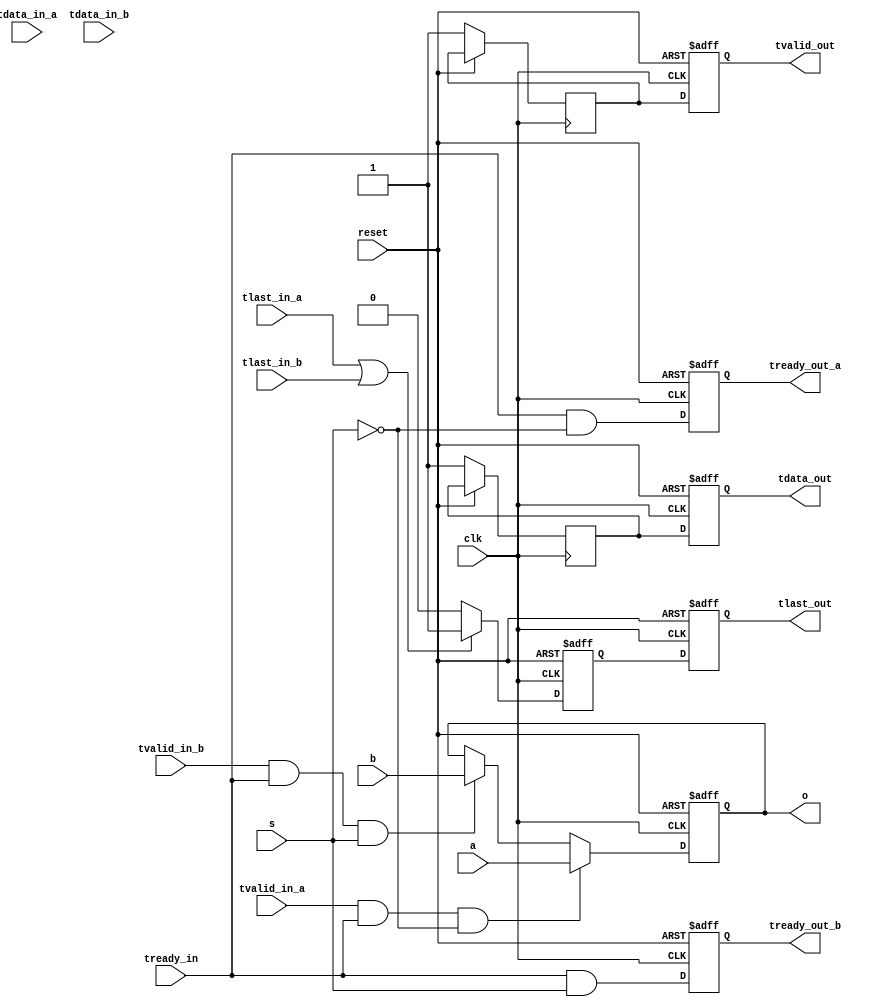
`timescale 1ns / 1ps
//////////////////////////////////////////////////////////////////////////////////
// Company: 
// Engineer: 
// 
// Design Name: 
// Module Name: testbench
// Project Name: 
// Target Devices: 
// Tool Versions: 
// Description: 
// 
// Dependencies: 
// 
// Revision:
// Revision 0.01 - File Created
// Additional Comments:
// 
//////////////////////////////////////////////////////////////////////////////////


module mux #(
    parameter data_width = 16,
    parameter frac_width = 14,
    parameter int_width = 2
)
(
    // Standards
    input clk,
    input reset,
    input [data_width-1:0] a,
    input [data_width-1:0] b,
    input s,
    output reg [data_width-1:0] o,  
    // A handshake signals 
    input tvalid_in_a,
    output reg tready_out_a,
    input tlast_in_a,
    input tdata_in_a,
    // B handshake signals 
    input tvalid_in_b,
    input tlast_in_b,
    input tdata_in_b,
    output reg tready_out_b,
    // Output side handshakes
    output reg tlast_out,
    output reg tdata_out,
    output reg tvalid_out,
    input tready_in
);

    // Internal components
    reg l;
    reg e, f;

    always @(posedge clk or posedge reset) begin
        if (reset) begin
            o <= 0;  
            l <= 0;
            tready_out_a <= 0;
            tready_out_b <= 0;
            tlast_out <= 0;
            tdata_out <= 0;
            tvalid_out <= 0;
        end else begin
            // Output assignment
            if ((tvalid_in_a) && (tready_in) && (!s)) begin
                o <= a; 
            end else if ((tvalid_in_b) && (tready_in) && (s)) begin
                o <= b;  
            end
            
            // Ready signals
            tready_out_a <= tready_in && !s;
            tready_out_b <= tready_in && s;
            
            // Last signal
            if (tlast_in_a || tlast_in_b)
                l <= 1;
            else
                l <= 0;
                
            // Valid and data signals
            e <= 1;
            f <= 1;

            tlast_out <= l;
            tdata_out <= f;
            tvalid_out <= e;
        end
    end
endmodule

//endmodule